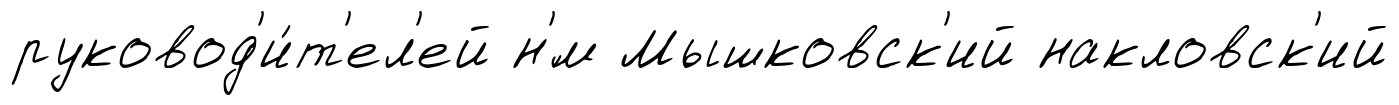
руковод'и́т'ел'ей н'́м Мышковск'ий накловск'ий